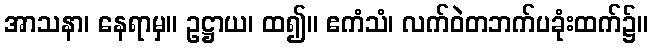
အာသနာ၊ နေရာမှ။ ဥဋ္ဌာယ၊ ထ၍။ ဧကံသံ၊ လက်ဝဲတဘက်ပခုံးထက်၌။